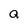
Character: a